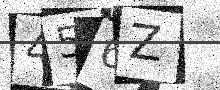
Text: 456Z